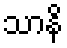
သာနိ